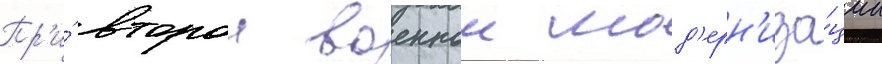
Пр'и́ второи военнои мод'ерн'иза́ции